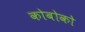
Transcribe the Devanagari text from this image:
कोबोको